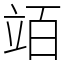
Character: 竡